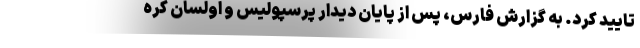
تایید کرد. به گزارش فارس، پس از پایان دیدار پرسپولیس و اولسان کره